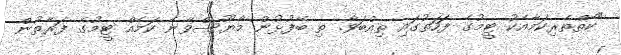
"ކެތްތެރިކަމާއެކު ޓީމުގެ ފަހަތުގައި ތިއްބަވާ. ތި ބޭފުޅުން މާޔޫސްވާނެ ކަމެއް ޓީމުގެ ފަރާތުން